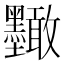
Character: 𭐑